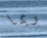
ربما